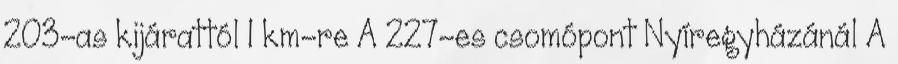
203-as kijárattól 1 km-re A 227-es csomópont Nyíregyházánál A